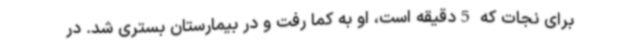
برای نجات که 5دقیقه است، او به کما رفت و در بیمارستان بستری شد. در